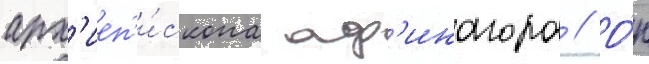
арх'иеп'и́скопа аф'инагора // О́н